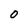
Character: O